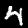
Label: 4